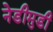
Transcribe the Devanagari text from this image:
नेडीमुडी